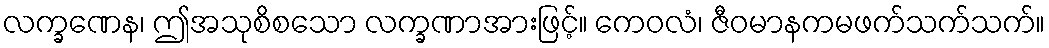
လက္ခဏေန၊ ဤအသုစိစသော လက္ခဏာအားဖြင့်။ ကေဝလံ၊ ဇီဝမာနကမဖက်သက်သက်။